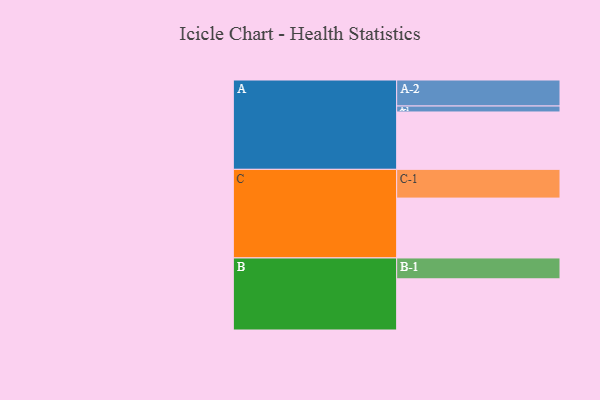
{"axis": {"x": "Segment", "y": "Value"}, "legend": ["", "A", "B", "C"], "data": [{"x": "A", "y": 547, "type": ""}, {"x": "B", "y": 488, "type": ""}, {"x": "C", "y": 571, "type": ""}, {"x": "A-1", "y": 57, "type": "A"}, {"x": "A-2", "y": 248, "type": "A"}, {"x": "B-1", "y": 199, "type": "B"}, {"x": "C-1", "y": 274, "type": "C"}]}